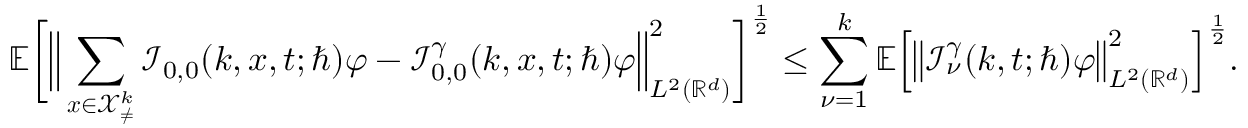
\mathbb { E } \bigg [ \Big \lVert \sum _ { \boldsymbol { x } \in \mathcal { X } _ { \neq } ^ { k } } \mathcal { I } _ { 0 , 0 } ( k , \boldsymbol { x } , t ; \hbar ) \varphi - \mathcal { I } _ { 0 , 0 } ^ { \gamma } ( k , \boldsymbol { x } , t ; \hbar ) \varphi \Big \rVert _ { L ^ { 2 } ( \mathbb { R } ^ { d } ) } ^ { 2 } \bigg ] ^ { \frac { 1 } { 2 } } \leq \sum _ { \nu = 1 } ^ { k } \mathbb { E } \Big [ \big \lVert \mathcal { I } _ { \nu } ^ { \gamma } ( k , t ; \hbar ) \varphi \big \rVert _ { L ^ { 2 } ( \mathbb { R } ^ { d } ) } ^ { 2 } \Big ] ^ { \frac { 1 } { 2 } } .